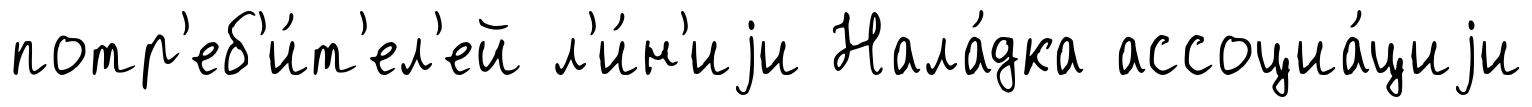
потр'еб'и́т'ел'ей л'и́н'иjи Нала́дка ассоциа́циjи